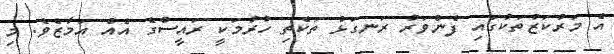
އެ މަރުކަޒުތަކުގައި ފެންވަރު ރަނގަޅު ތަކެތި ހުރުމަކީ ރައީސްގެ އެއް އަމާޒެވެ. މި